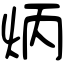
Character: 炳